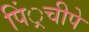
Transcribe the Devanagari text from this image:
पिं्रचीपे